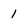
Character: 1